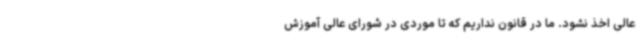
عالی اخذ نشود. ما در قانون نداریم که تا موردی در شورای عالی آموزش